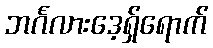
ဘင်္ဂလားဒေ့ရှ်ရောက်